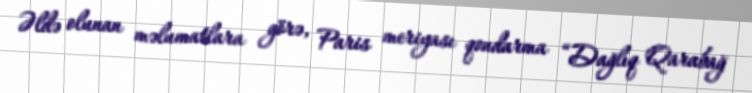
Əldə olunan məlumatlara görə, Paris meriyası qondarma “Dağlıq Qarabağ